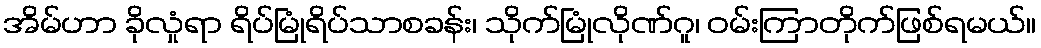
အိမ်ဟာ ခိုလှုံရာ ရိပ်မြုံရိပ်သာစခန်း၊ သိုက်မြုံလိုဏ်ဂူ၊ ဝမ်းကြာတိုက်ဖြစ်ရမယ်။